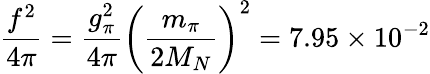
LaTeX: \frac{f^{2}}{4\pi}=\frac{g_{\pi}^{2}}{4\pi}\left(\frac{m_{\pi}}{2M_{N}}\right)^{2}=7.95\times 10^{-2}